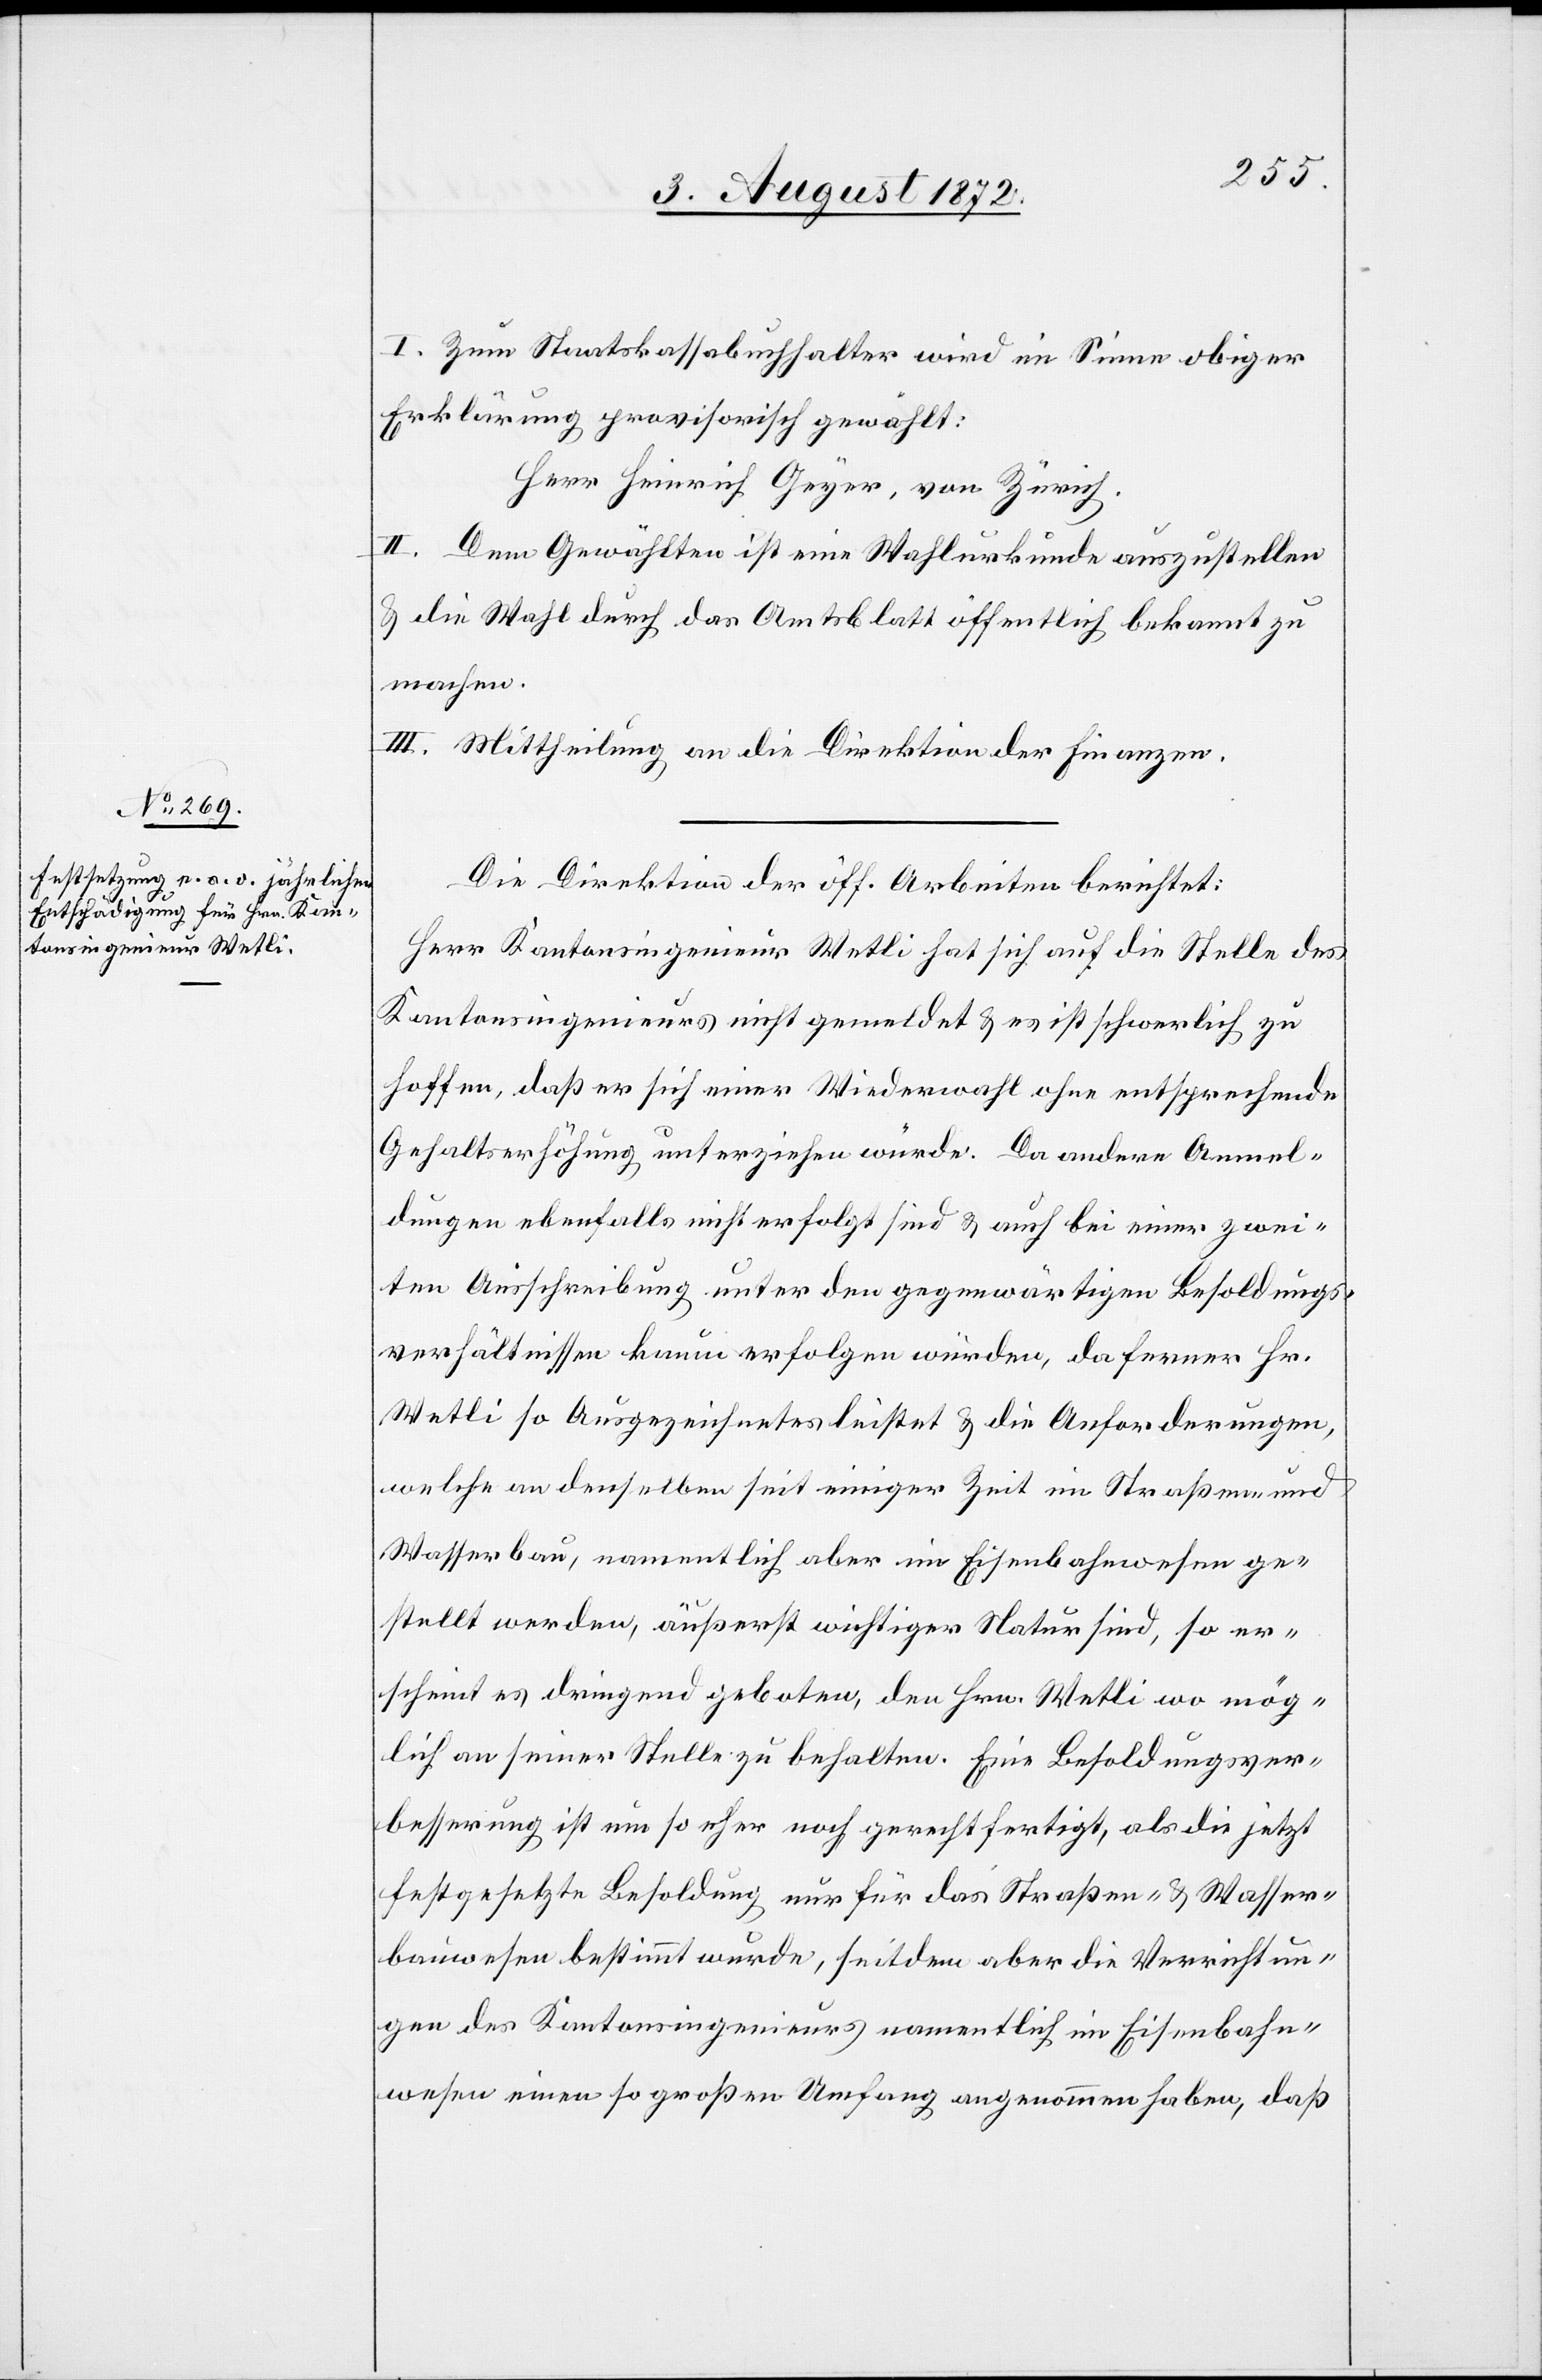
I. Zum Staatskassabuchhalter wird im Sinne obiger
Erklärung provisorisch gewählt:
Herr Heinrich Geyer, von Zürich.
II. Dem Gewählten ist eine Wahlurkunde auszustellen
u. die Wahl durch das Amtsblatt öffentlich bekannt zu
machen.
III. Mittheilung an die Direktion der Finanzen.
Die Direktion der öff. Arbeiten berichtet:
Herr Kantonsingenieur Wetli hat sich auf die Stelle des
Kantonsingenieurs nicht gemeldet u. es ist schwerlich zu
hoffen, daß er sich einer Wiederwahl ohne entsprechende
Gehaltserhöhung unterziehen würde. Da andere Anmel¬
dungen ebenfalls nicht erfolgt sind u. auch bei einer zwei¬
ten Ausschreibung unter den gegenwärtigen Besoldungs¬
verhältnissen kaum erfolgen würden, da ferner Hr.
Wetli so Ausgezeichnetes leistet u. die Anforderungen,
welche an denselben seit einiger Zeit im Straßen- und
Wasserbau, namentlich aber im Eisenbahnwesen ge¬
stellt werden, äußerst wichtiger Natur sind, so er¬
scheint es dringend geboten, den Hrn. Wetli wo mög¬
lich an seiner Stelle zu behalten. Eine Besoldungsver¬
besserung ist um so eher noch gerechtfertigt, als die jetzt
festgesetzte Besoldung nur für das Straßen- u. Wasser¬
bauwesen bestimmt wurde, seitdem aber die Verrichtun¬
gen des Kantonsingenieurs namentlich im Eisenbahn¬
wesen einen so großen Umfang angenommen haben, daß